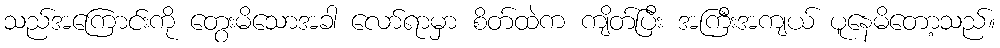
သည်အကြောင်းကို တွေးမိသောအခါ လော်ရာမှာ စိတ်ထဲက ကျိတ်ပြီး အကြီးအကျယ် ပူနေမိတော့သည်။